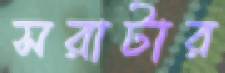
সরাটার